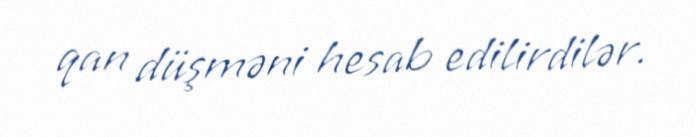
qan düşməni hesab edilirdilər.